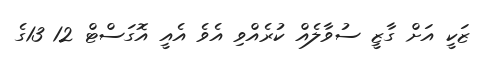
ޒަކީ އަށް ގާޒީ ސުވާލެއް ކުރެއްވި އެވެ އެއީ އޮގަސްޓް 12 13ގެ